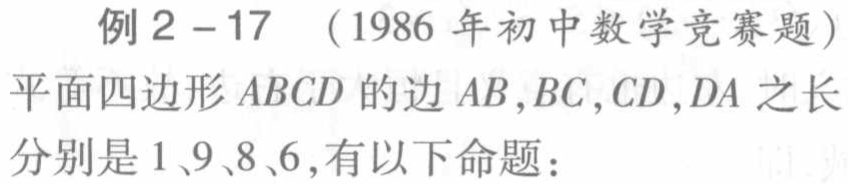
例2 - 17 （1986 年初中数学竞赛题）
平面四边形\(ABCD\)的边\(AB,BC,CD,DA\)之长分别是\(1、9、8、6\),有以下命题：